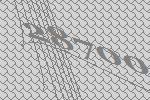
28700